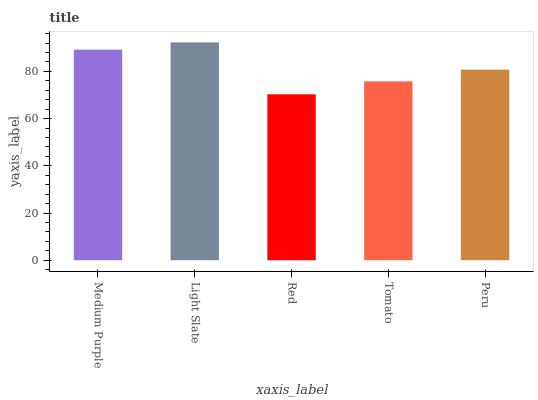
| xaxis_label | bars |
 | --- | --- |
 | Medium Purple | 89.2 |
 | Light Slate | 92.3 |
 | Red | 70.3 |
 | Tomato | 75.8 |
 | Peru | 80.7 |